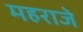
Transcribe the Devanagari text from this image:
महराजे